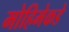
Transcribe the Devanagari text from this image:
मोहिमेकडे